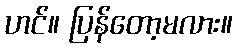
ဟင်။ ပြန်တော့မလား။